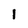
Character: I